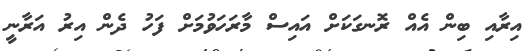
އިރާއި ބިން އެއް ރޮނގަކަށް އައިސް މާރަހަވުމަށް ފަހު ދެން އިރު އަރާނީ